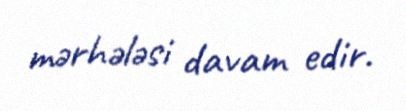
mərhələsi davam edir.